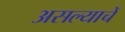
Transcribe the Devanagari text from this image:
असल्याचें